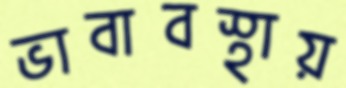
ভাবাবস্থায়